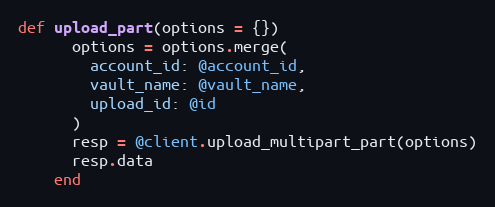
Language: Ruby
def upload_part(options = {})
      options = options.merge(
        account_id: @account_id,
        vault_name: @vault_name,
        upload_id: @id
      )
      resp = @client.upload_multipart_part(options)
      resp.data
    end